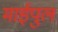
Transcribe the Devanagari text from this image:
माईपुल